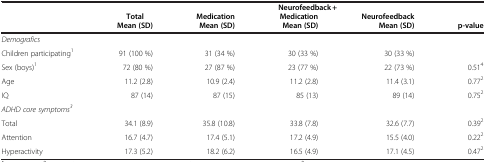
|  |  |  |  | <COLSPAN=2> Neurofeedback + |
 |  | Total | Medication | Medication | Neurofeedback |  |
 |  | Mean (SD) | Mean (SD) | Mean (SD) | Mean (SD) | p-value |
 | --- | --- | --- | --- | --- | --- |
 | <COLSPAN=6> Demografics |
 | Children participating1 | 91 (100 %) | 31 (34 %) | 30 (33 %) | 30 (33 %) |  |
 | Sex (boys)1 | 72 (80 %) | 27 (87 %) | 23 (77 %) | 22 (73 %) | 0.514 |
 | Age | 11.2 (2.8) | 10.9 (2.4) | 11.2 (2.8) | 11.4 (3.1) | 0.772 |
 | IQ | 87 (14) | 87 (15) | 85 (13) | 89 (14) | 0.752 |
 | <COLSPAN=6> ADHD core symptoms3 |
 | Total | 34.1 (8.9) | 35.8 (10.8) | 33.8 (7.8) | 32.6 (7.7) | 0.392 |
 | Attention | 16.7 (4.7) | 17.4 (5.1) | 17.2 (4.9) | 15.5 (4.0) | 0.222 |
 | Hyperactivity | 17.3 (5.2) | 18.2 (6.2) | 16.5 (4.9) | 17.1 (4.5) | 0.472 |